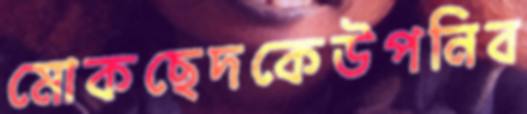
মোকছেদকেউপনিব